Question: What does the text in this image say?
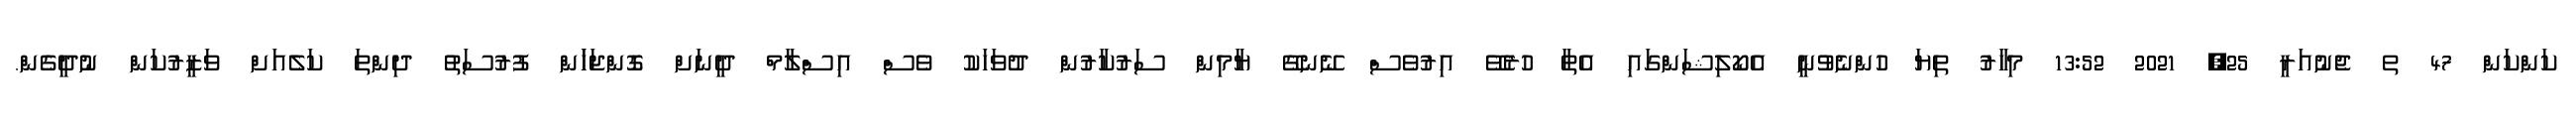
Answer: ކަންކަން 47 ތ ޖެނުއަރީ 25, 2021 13:52 މިހާރު ތިޔަ ހުންނެވުނީ އެކޯލިޝަންގައި އެތާ ހުރެވޭ އިރުވެސް ނޭނގޭ ޔާމިން ސަރުކާޜުން ދުވަހަކު ވެސް އިސްލާމް ދީނަށް ގޮންޖަހަަން ފުރުސަތު ދިންތަ ކަލެއަށް ވަޒީރުކަން ނުދީގެން.